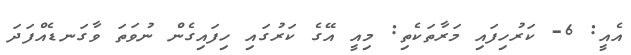
އެއީ: 6- ކަރުހިފައި މަރާތަކެތި: މިއީ އޭގެ ކަރުގައި ހިފައިގެން ނުވަތަ ވާގަނޑެއްފަދަ